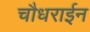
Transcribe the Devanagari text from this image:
चौधराईन